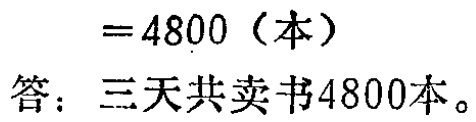
$=4800（本）$

答：三天共卖书4800本。